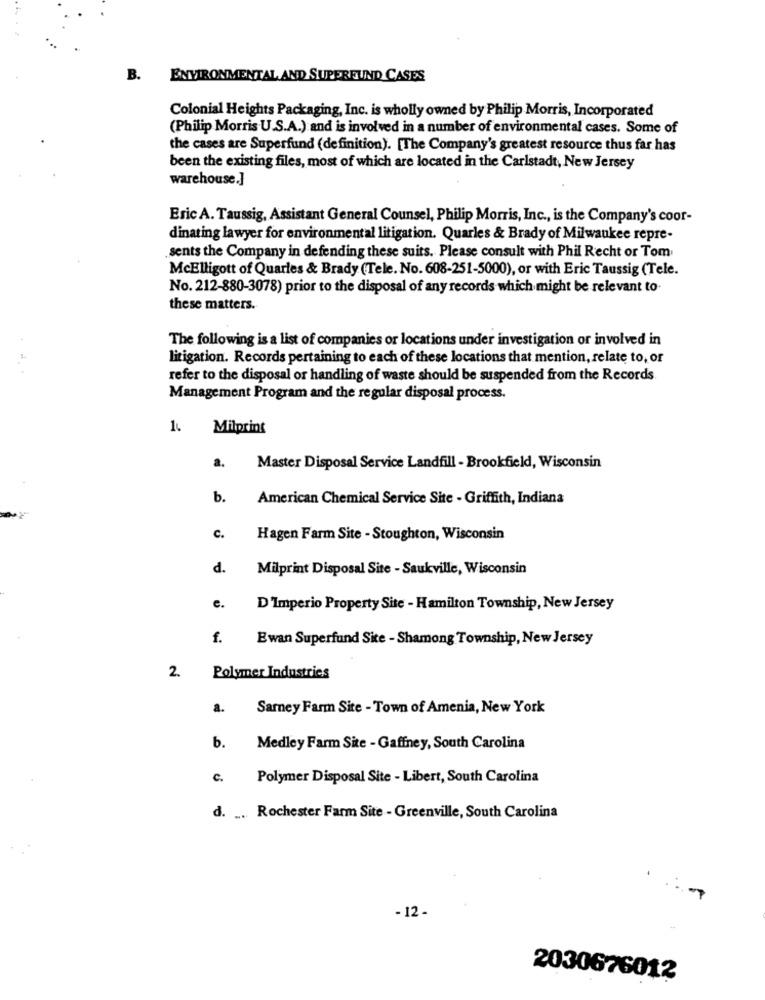
B. ENVIRONMENTAL AND SUPERFUND CASES
Colonial Heights Packaging, Inc. is wholly owned by Philip Morris, Incorporated
(Philip Morris U.S.A.) and is involved in a number of environmental cases. Some of
the cases are Superfund (definition). [The Company's greatest resource thus far has
been the existing files, most of which are located in the Carlstadt, New Jersey
warehouse.]
Eric A. Taussig, Assistant General Counsel, Philip Morris, Inc ., is the Company's coor-
dinating lawyer for environmental litigation. Quarles & Brady of Milwaukee repre-
sents the Company in defending these suits. Please consult with Phil Recht or Tom
McElligott of Quarles & Brady (Tele. No. 608-251-5000), or with Eric Taussig (Tele.
No. 212-880-3078) prior to the disposal of any records which might be relevant to-
these matters.
The following is a list of companies or locations under investigation or involved in
litigation. Records pertaining to each of these locations that mention, relate to, or
refer to the disposal or handling of waste should be suspended from the Records
Management Program and the regular disposal process.
Milprins
a.
Master Disposal Service Landfill - Brookfield, Wisconsin
b.
American Chemical Service Site - Griffith, Indiana
c.
Hagen Farm Site - Stoughton, Wisconsin
d. Milprint Disposal Site - Saukville, Wisconsin
e.
D'Imperio Property Site - Hamilton Township, New Jersey
f. Ewan Superfund Site - Shamong Township, New Jersey
2
Polymer Industries
a.
Sarney Farm Site - Town of Amenia, New York
b.
Medley Farm Site - Gaffney, South Carolina
c.
Polymer Disposal Site - Libert, South Carolina
d. ... Rochester Farm Site - Greenville, South Carolina
- 12 -
-
2030676012